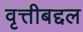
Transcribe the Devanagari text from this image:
वृत्तीबद्दल